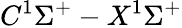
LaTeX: C{}^{1}\Sigma^{+}-X{}^{1}\Sigma^{+}